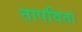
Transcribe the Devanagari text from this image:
तापविता